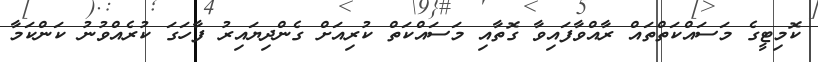
ކޮމިޓީގެ މަސައްކަތްތައް ރާއްވާފައިވާ ގޮތާއި މަސައްކަތް ކުރިއަށް ގެންދިޔައިރު ފާހަގަ ކުރެއްވުނު ކަންކަމާ